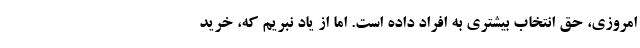
امروزی، حق انتخاب بیشتری به افراد داده است. اما از یاد نبریم که، خرید